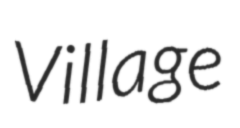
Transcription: Village